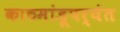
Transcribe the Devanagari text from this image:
काठमांडूपर्यंत